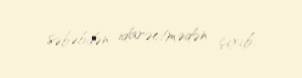
səbəbdən idarəetmədən çıxıb.